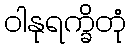
ဝါနုရက္ခိတုံ